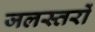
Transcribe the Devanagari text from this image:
जलस्तरों